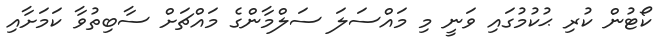
ކޯޓުން ކުރި ޙުކުމުގައި ވަނީ މި މައްސަލަ ސަލްމާންގެ މައްޗަށް ސާބިތުވާ ކަމަށާއި